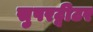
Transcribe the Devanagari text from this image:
सुपरट्वीटर